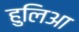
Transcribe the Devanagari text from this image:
हुलिआ